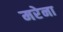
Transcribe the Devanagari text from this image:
मरेना